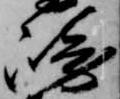
崎